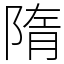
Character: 隋